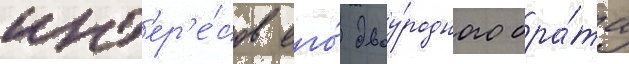
инт'ер'е́сов его́ двоу́родного бра́та